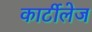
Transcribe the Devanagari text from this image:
कार्टीलेज